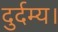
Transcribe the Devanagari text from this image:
दुर्दम्य।